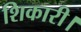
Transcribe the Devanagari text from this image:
शिकारी।